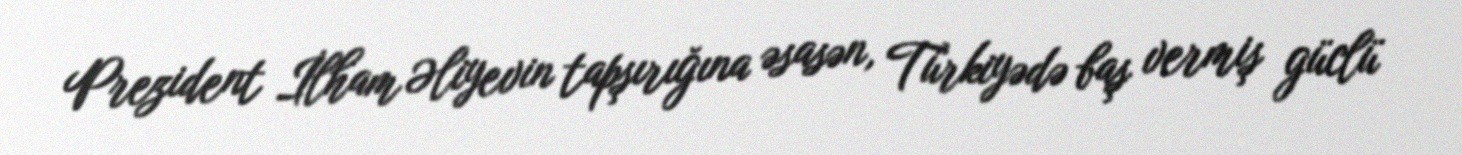
Prezident İlham Əliyevin tapşırığına əsasən, Türkiyədə baş vermiş güclü